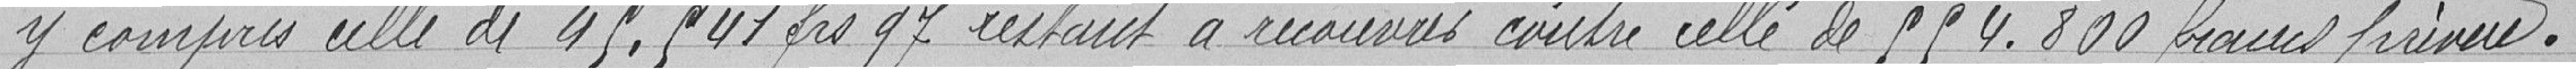
y compris celles de 95.541,97 francs restant à recouvrir contre celles de 554.800 francs prévues.